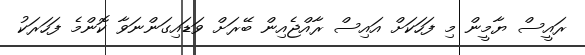
ރައީސް ޔާމީން މި ފަހަކަށް އައިސް ރާއްޖެއިން ބޭރަށް ވަޑައިގަންނަވާ ކޮންމެ ފަހަރަކު